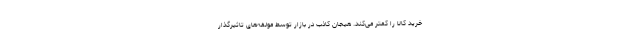
خرید کالا را کمتر می‌کند. هیجان کاذب در بازار توسط مولفه‌های تاثیرگذار